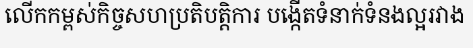
លើកកម្ពស់កិច្ចសហប្រតិបត្តិការ បង្កើតទំនាក់ទំនងល្អរវាង